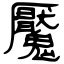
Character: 魘